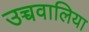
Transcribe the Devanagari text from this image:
उच्चवालिया